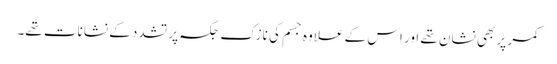
کمر پر بھی نشان تھے اور اس کے علاوہ جسم کی نازک جگہ پر تشدد کے نشانات تھے۔